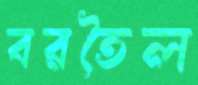
বরতৈল